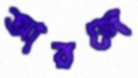
আরজে